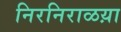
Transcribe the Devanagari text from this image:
निरनिराळय़ा